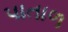
પાતાળ